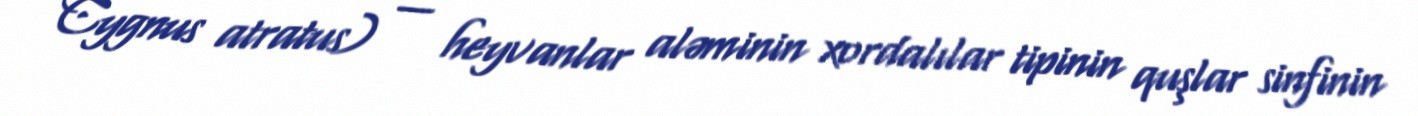
Cygnus atratus) — heyvanlar aləminin xordalılar tipinin quşlar sinfinin